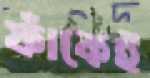
ফাঁকেই